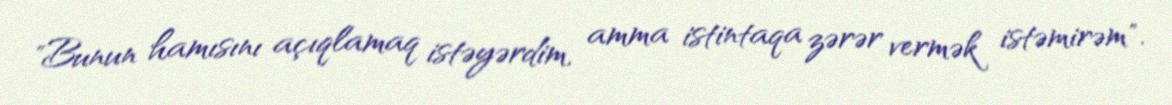
"Bunun hamısını açıqlamaq istəyərdim, amma istintaqa zərər vermək istəmirəm".